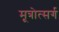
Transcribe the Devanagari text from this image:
मूत्रोत्सर्ग